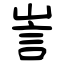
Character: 訔